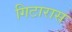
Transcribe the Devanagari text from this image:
गिटारास